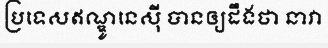
ប្រទេសឥណ្ឌូនេស៊ី បានឲ្យដឹងថា នាវា